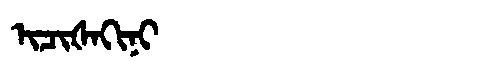
Manchu: ᡳᠴᡳᡧᠠᡴᡳᠨᡳ
Romanization: ICIŠAKINI